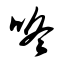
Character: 咚